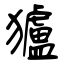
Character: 獹